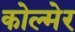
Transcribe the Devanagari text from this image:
कोल्मेर